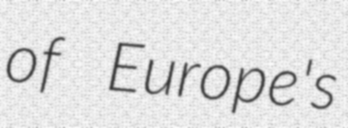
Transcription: of Europe's